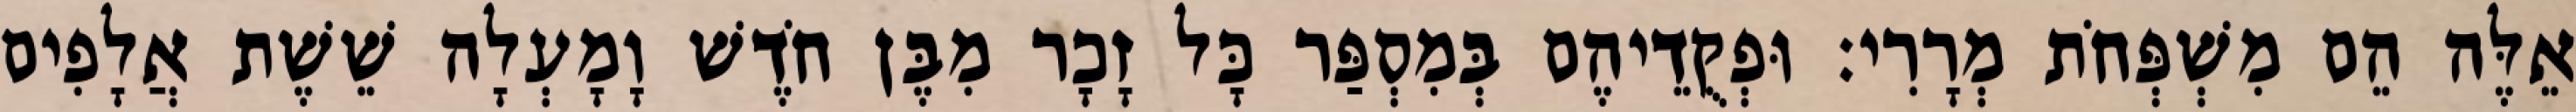
אֵלֶּה הֵם מִשְׁפְּחֹת מְרָרִי׃ וּפְקֻדֵיהֶם בְּמִסְפַּר כָּל זָכָר מִבֶּן חֹדֶשׁ וָמָעְלָה שֵׁשֶׁת אֲלָפִים